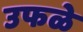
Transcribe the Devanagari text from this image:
उफळे